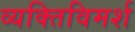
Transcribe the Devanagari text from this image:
व्यक्तिविमर्श